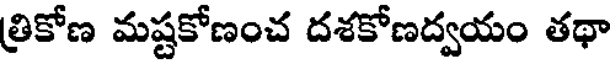
త్రికోణ మష్టకోణంచ దశకోణద్వయం తథా